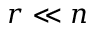
r \ll n